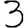
Digit: 3